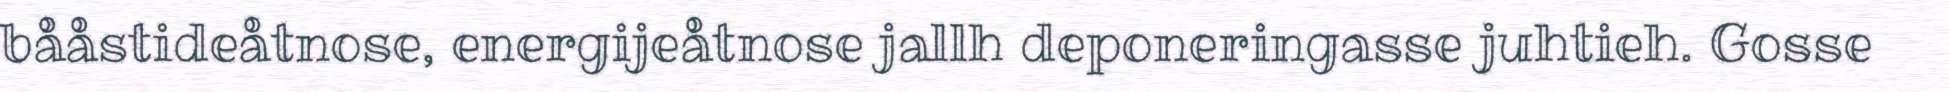
bååstideåtnose, energijeåtnose jallh deponeringasse juhtieh. Gosse